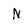
Character: N